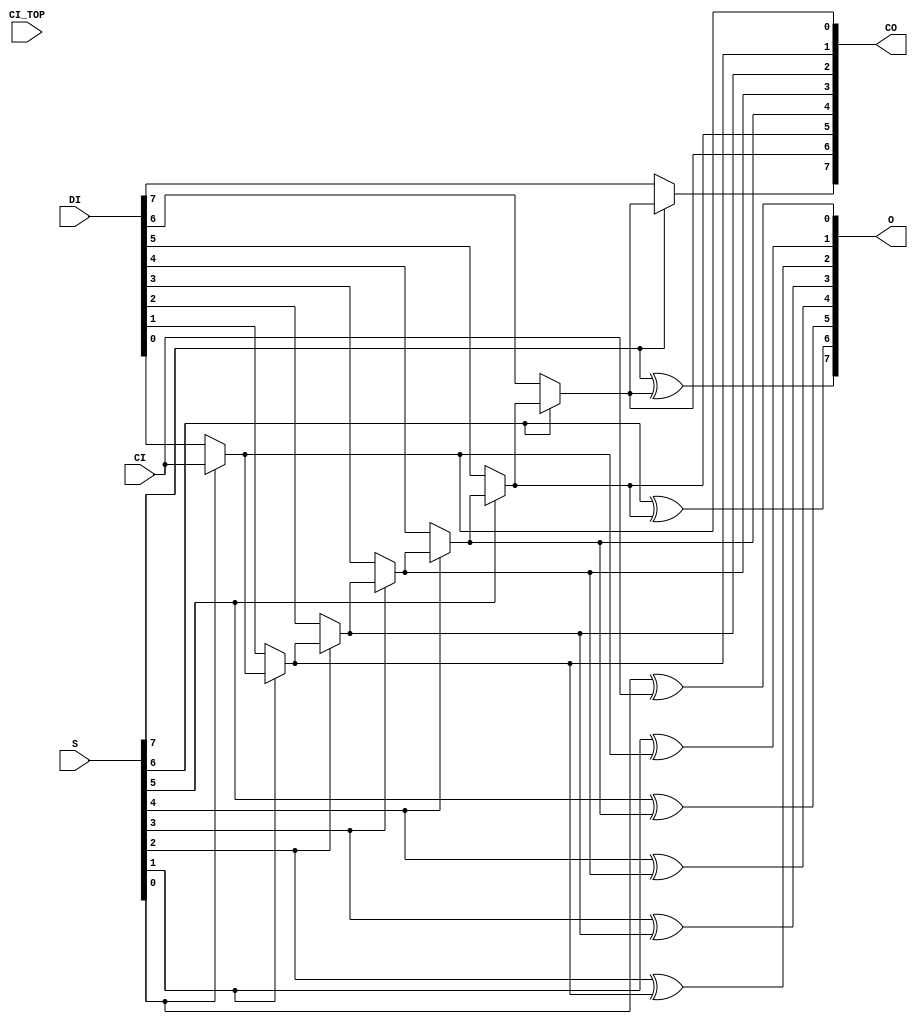
///////////////////////////////////////////////////////////////////////////////
//  Copyright (c) 1995/2016 Xilinx, Inc.
//  All Right Reserved.
///////////////////////////////////////////////////////////////////////////////
//   ____  ____
//  /   /\/   /
// /___/  \  /     Vendor      : Xilinx
// \   \   \/      Version     : 2016.4
//  \   \          Description : Xilinx Unified Simulation Library Component
//  /   /                        Fast Carry Logic with Look Ahead
// /___/   /\      Filename    : CARRY8.v
// \   \  /  \
//  \___\/\___\
//
///////////////////////////////////////////////////////////////////////////////
//  Revision
//    09/26/12 - Initial functional version.
//    05/24/13 - Add CARRY_TYPE, CI_TOP
//    10/22/14 - 808642 - Added #1 to $finish
//  End Revision
///////////////////////////////////////////////////////////////////////////////

`timescale 1 ps / 1 ps

`celldefine

module CARRY8 #(
`ifdef XIL_TIMING
    parameter LOC = "UNPLACED",
`endif
    parameter CARRY_TYPE = "SINGLE_CY8"
) (
    output [7:0] CO,
    output [7:0] O,

    input CI,
    input CI_TOP,
    input [7:0] DI,
    input [7:0] S
);

  // the carry chain
  assign CO[7] = S[7] ? CO[6] : DI[7];
  assign CO[6] = S[6] ? CO[5] : DI[6];
  assign CO[5] = S[5] ? CO[4] : DI[5];
  assign CO[4] = S[4] ? CO[3] : DI[4];
  assign CO[3] = S[3] ? CO[2] : DI[3];
  assign CO[2] = S[2] ? CO[1] : DI[2];
  assign CO[1] = S[1] ? CO[0] : DI[1];
  assign CO[0] = S[0] ? CI : DI[0];

  // XOR logic(sum)
  assign O[7]  = S[7] ^ CO[6];
  assign O[6]  = S[6] ^ CO[5];
  assign O[5]  = S[5] ^ CO[4];
  assign O[4]  = S[4] ^ CO[3];
  assign O[3]  = S[3] ^ CO[2];
  assign O[2]  = S[2] ^ CO[1];
  assign O[1]  = S[1] ^ CO[0];
  assign O[0]  = S[0] ^ CI;

endmodule

`endcelldefine